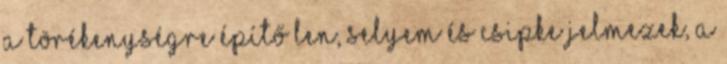
a törékenységre építő len, selyem és csipke jelmezek, a